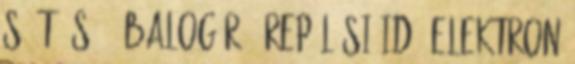
S. T. S. , Balog R.: Repülési idô elektron